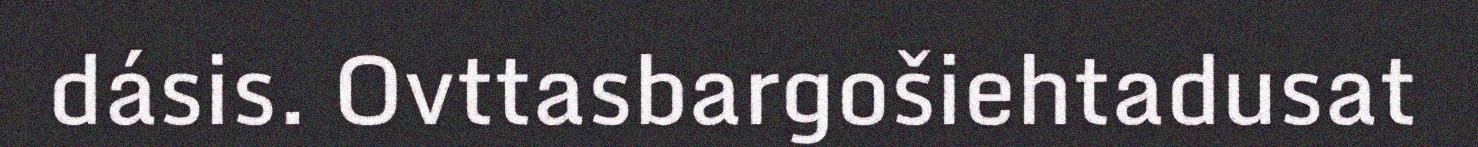
dásis. Ovttasbargošiehtadusat